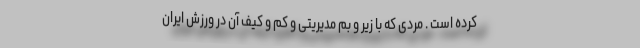
کرده است . مردی که با زیر و بم مدیریتی و کم و کیف آن در ورزش ایران